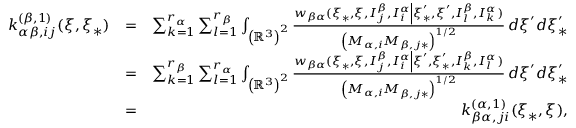
\begin{array} { r l r } { k _ { \alpha \beta , i j } ^ { \left( \beta , 1 \right) } ( \boldsymbol { \xi } , \boldsymbol { \xi } _ { \ast } ) } & { = } & { \sum _ { k = 1 } ^ { r _ { \alpha } } \sum _ { l = 1 } ^ { r _ { \beta } } \int _ { \left( \mathbb { R } ^ { 3 } \right) ^ { 2 } } \frac { w _ { \beta \alpha } ( \boldsymbol { \xi } _ { \ast } , \boldsymbol { \xi } , I _ { j } ^ { \beta } , I _ { i } ^ { \alpha } \left\vert \boldsymbol { \xi } _ { \ast } ^ { \prime } , \boldsymbol { \xi } ^ { \prime } , I _ { l } ^ { \beta } , I _ { k } ^ { \alpha } \right. ) } { \left( M _ { \alpha , i } M _ { \beta , j \ast } \right) ^ { 1 / 2 } } \, d \boldsymbol { \xi } ^ { \prime } d \boldsymbol { \xi } _ { \ast } ^ { \prime } } \\ & { = } & { \sum _ { k = 1 } ^ { r _ { \beta } } \sum _ { l = 1 } ^ { r _ { \alpha } } \int _ { \left( \mathbb { R } ^ { 3 } \right) ^ { 2 } } \frac { w _ { \beta \alpha } ( \boldsymbol { \xi } _ { \ast } , \boldsymbol { \xi } , I _ { j } ^ { \beta } , I _ { i } ^ { \alpha } \left\vert \boldsymbol { \xi } ^ { \prime } , \boldsymbol { \xi } _ { \ast } ^ { \prime } , I _ { k } ^ { \beta } , I _ { l } ^ { \alpha } \right. ) } { \left( M _ { \alpha , i } M _ { \beta , j \ast } \right) ^ { 1 / 2 } } \, d \boldsymbol { \xi } ^ { \prime } d \boldsymbol { \xi } _ { \ast } ^ { \prime } } \\ & { = } & { k _ { \beta \alpha , j i } ^ { \left( \alpha , 1 \right) } ( \boldsymbol { \xi } _ { \ast } , \boldsymbol { \xi } ) \mathrm { , } } \end{array}